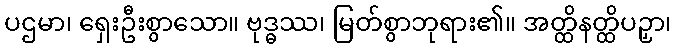
ပဌမာ၊ ရှေးဦးစွာသော။ ဗုဒ္ဓဿ၊ မြတ်စွာဘုရား၏။ အတ္ထိနတ္ထိပဉှာ၊